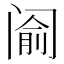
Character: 𰿵